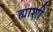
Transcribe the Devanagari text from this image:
ह्याशी